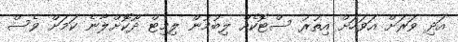
އަދި ވަރަށް އަވަހަށް އިތުރު ސްޓޮކެއް ލިބުމުން ލިމިޓް ދޫކޮށްލާނެ ކަމަށް ވެސް